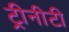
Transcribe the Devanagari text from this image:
ट्रीनीटी